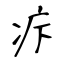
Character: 疜